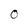
Character: 0